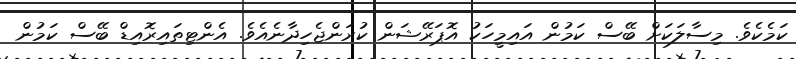
ކަމެކެވެ. މިސާލަކަށް ބޭސް ކަމުން އައިމީހަކު އޮޕަރޭޝަން ކުރަންޖެހިދާނެއެވެ. އެންޓިތައިރޮއިޑް ބޭސް ކަމުން